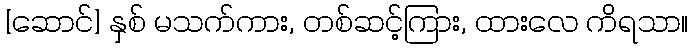
[ဆောင်] နှစ် မသက်ကား, တစ်ဆင့်ကြား, ထားလေ ကိရသာ။